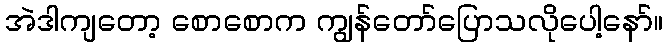
အဲဒါကျတော့ စောစောက ကျွန်တော်ပြောသလိုပေါ့နော်။